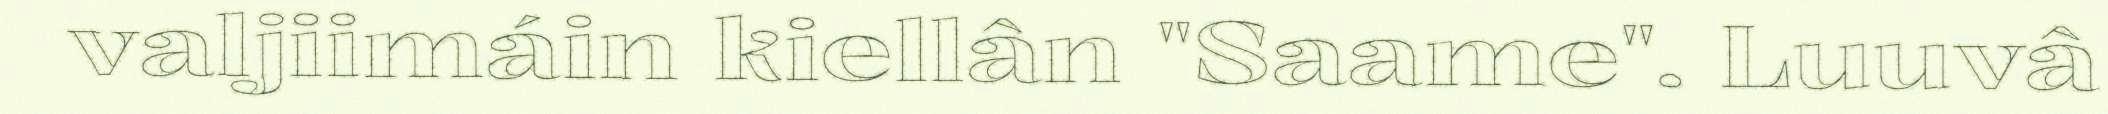
valjiimáin kiellân "Saame". Luuvâ